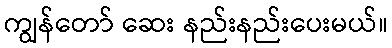
ကျွန်တော် ဆေး နည်းနည်းပေးမယ်။